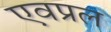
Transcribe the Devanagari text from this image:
एवप्रल